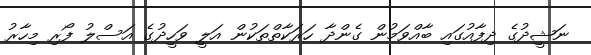
ނަޝީދުގެ ދިފާއުގައި ބާއްވަމުން ގެންދާ ހަރަކާތްތަކުން އަލީ ވަހީދުގެ އަސްލު ފޯރި މިހާރު